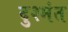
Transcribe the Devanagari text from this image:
दुश्मंत